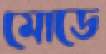
মোডে